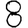
Digit: 8